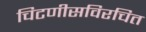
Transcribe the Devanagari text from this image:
चिटणीसविरचित